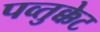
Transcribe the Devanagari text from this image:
पव्तुक्केट